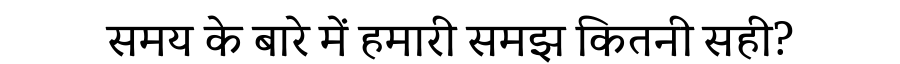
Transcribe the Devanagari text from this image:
समय के बारे में हमारी समझ कितनी सही?